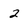
Character: 2